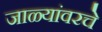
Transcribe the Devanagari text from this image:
जाळ्यांवरचे